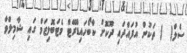
ސެލް(  ) ތަކުން އުފައްދައި ދޫކޮށް ކާބޯހައިޑްރޭޓް މެޓަބޮލިޒަމް ގައި ޝާމިލްވާ